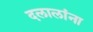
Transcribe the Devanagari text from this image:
दलालांना